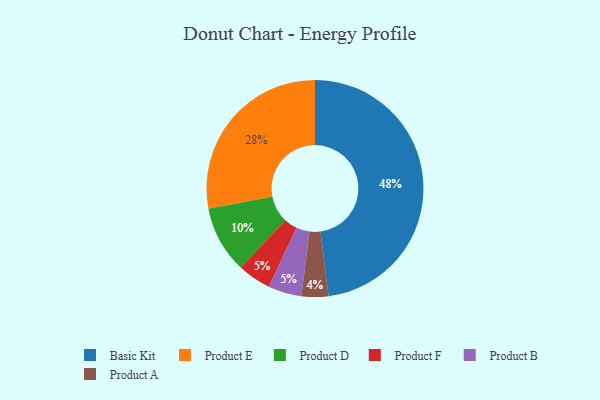
{"axis": {"x": "Category", "y": "Percentage"}, "legend": ["Basic Kit", "Product A", "Product B", "Product D", "Product E", "Product F"], "data": [{"x": "Product E", "y": 28, "type": "Product E"}, {"x": "Basic Kit", "y": 48, "type": "Basic Kit"}, {"x": "Product A", "y": 4, "type": "Product A"}, {"x": "Product F", "y": 5, "type": "Product F"}, {"x": "Product D", "y": 10, "type": "Product D"}, {"x": "Product B", "y": 5, "type": "Product B"}]}